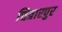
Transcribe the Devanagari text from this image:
चित्रारपुर